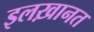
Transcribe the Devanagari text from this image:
इलख़ानत